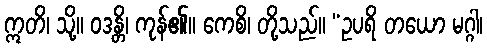
ဣတိ၊ သို့။ ဝဒန္တိ၊ ကုန်၏။ ကေစိ၊ တို့သည်။ “ဥပရိ တယော မဂ္ဂါ၊